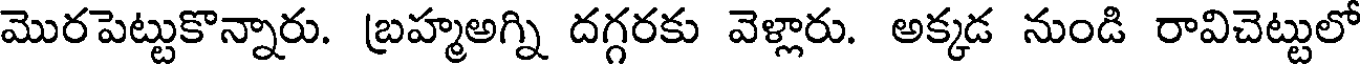
మొరపెట్టుకొన్నారు. బ్రహ్మఅగ్ని దగ్గరకు వెళ్లారు. అక్కడ నుండి రావిచెట్టులో